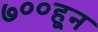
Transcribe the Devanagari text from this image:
७००हून